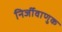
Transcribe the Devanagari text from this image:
निर्जीवाणुक